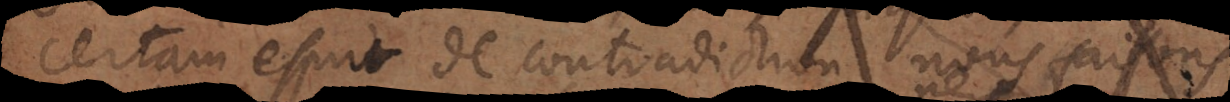
certain esprit de contradiction, nous faisons